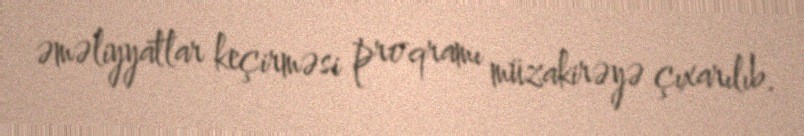
əməliyyatlar keçirməsi proqramı müzakirəyə çıxarılıb.